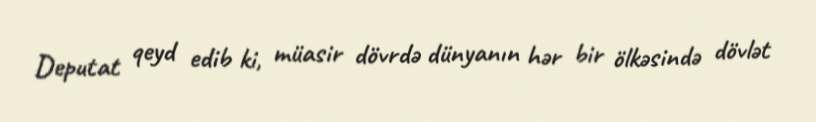
Deputat qeyd edib ki, müasir dövrdə dünyanın hər bir ölkəsində dövlət